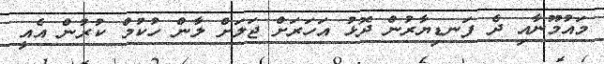
މައުމޫނާއި ދެ ފަނޑިޔާރުން ދޮޅު އަހަރަށް ޖަލަށް ލާން ހުކުމް ކުރުން އެއީ